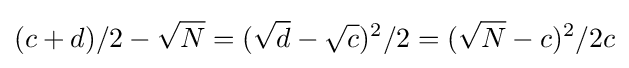
(c+d)/2-{\sqrt {N}}=({\sqrt {d}}-{\sqrt {c}})^{2}/2=({\sqrt {N}}-c)^{2}/2c